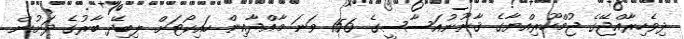
ދިވެހިރާއްޖޭގެ ޖުމްހޫރިއްޔާގެ ޤާނޫނުއަސާސީގެ 156 ވަނަ މާއްދާއިން ހައިކޯޓަށް ލިބިދޭ ބާރުގެ ދަށުން